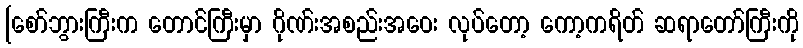
[စော်ဘွားကြီးက တောင်ကြီးမှာ ဂိုဏ်းအစည်းအဝေး လုပ်တော့ ကော့ကရိတ် ဆရာတော်ကြီးကို